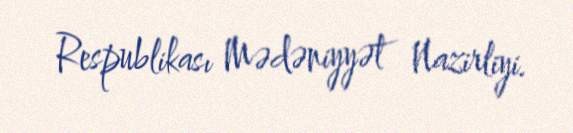
Respublikası Mədəniyyət Nazirliyi.